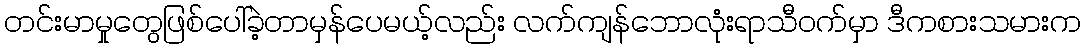
တင်းမာမှုတွေဖြစ်ပေါ်ခဲ့တာမှန်ပေမယ့်လည်း လက်ကျန်ဘောလုံးရာသီဝက်မှာ ဒီကစားသမားက